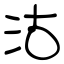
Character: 沽